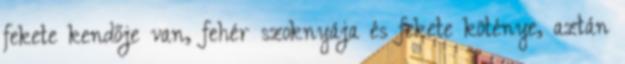
fekete kendője van, fehér szoknyája és fekete köténye, aztán